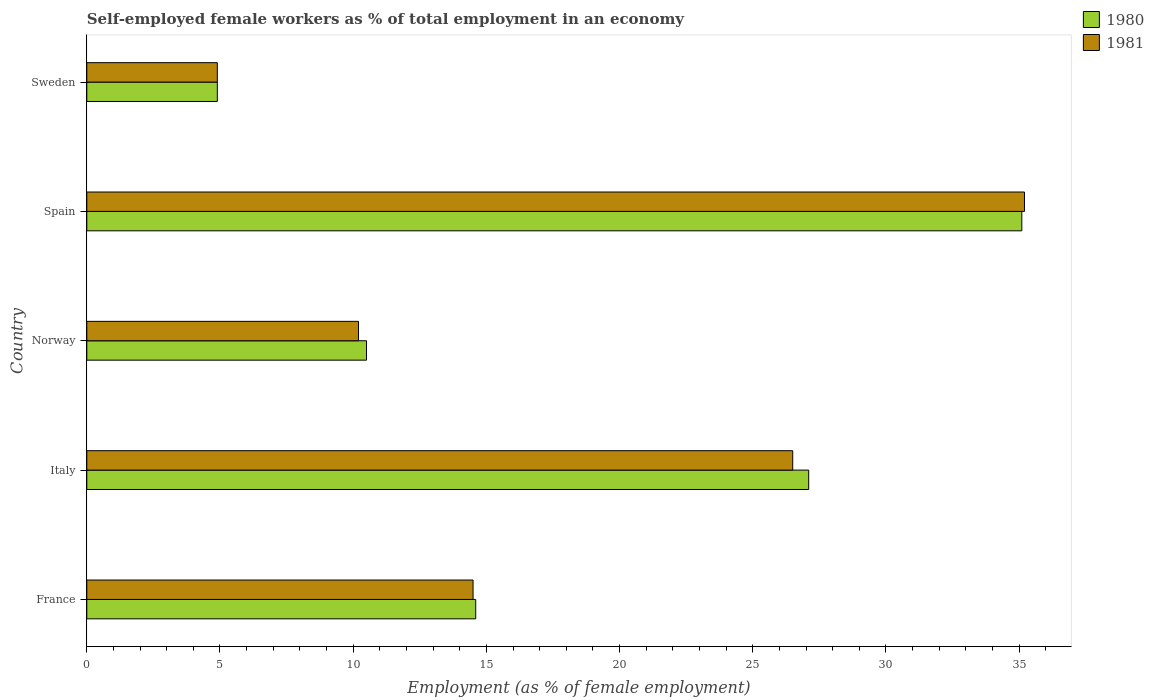
| Country | 1980 | 1981 |
 | --- | --- | --- |
 | France | 14.6 | 14.5 |
 | Italy | 27.1 | 26.5 |
 | Norway | 10.5 | 10.2 |
 | Spain | 35.1 | 35.2 |
 | Sweden | 4.9 | 4.9 |